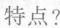
特点?